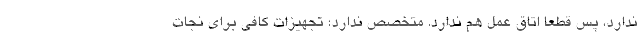
ندارد، پس قطعا اتاق عمل هم ندارد. متخصص ندارد؛ تجهیزات کافی برای نجات